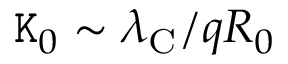
\mathtt { K } _ { 0 } \sim \lambda _ { \mathrm { C } } / q R _ { 0 }